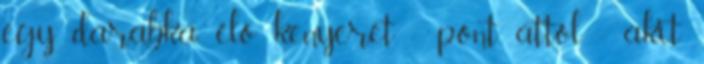
egy darabka élő kenyeret - pont attól - akit